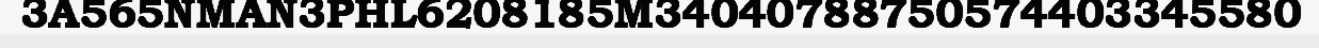
3A565NMAN3PHL6208185M34040788750574403345580